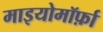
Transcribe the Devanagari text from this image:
माइयोमॉर्फ़ा